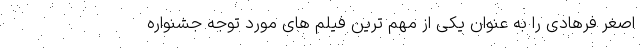
اصغر فرهادی را به عنوان یکی از مهم ترین فیلم های مورد توجه جشنواره